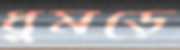
ধুমড়ে